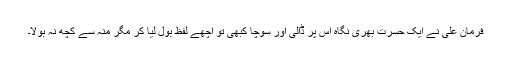
فرمان علی نے ایک حسرت بھری نگاہ اس پر ڈالی اور سوچا کبھی تو اچھے لفظ بول لیا کر مگر منہ سے کچھ نہ بولا۔